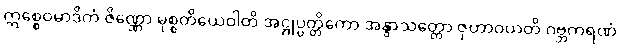
ဣစ္စေဝမာဒိကံ ဇိဏ္ဏော မုစ္စတိယေဝါတိ အဋ္ဌုပ္ပတ္တိကော အနွာသတ္တော ဇုဟာဝယတိ ဂဗ္ဘကရဏံ